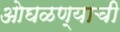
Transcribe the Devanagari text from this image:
ओघळण्याची